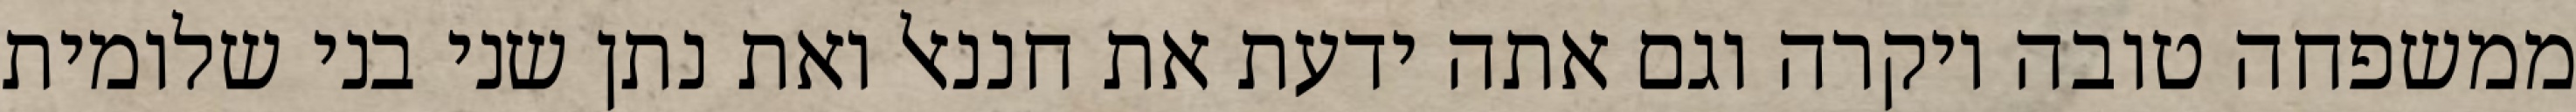
ממשפחה טובה ויקרה וגם אתה ידעת את חננאל ואת נתן שני בני שלומית